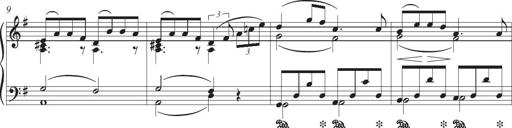
Title: Piano Sonatina in G major
Composer: Johan Peter Emilius Hartmann
Key: G major